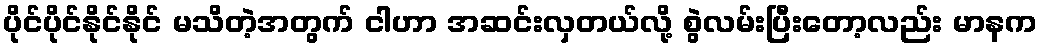
ပိုင်ပိုင်နိုင်နိုင် မသိတဲ့အတွက် ငါဟာ အဆင်းလှတယ်လို့ စွဲလမ်းပြီးတော့လည်း မာနက